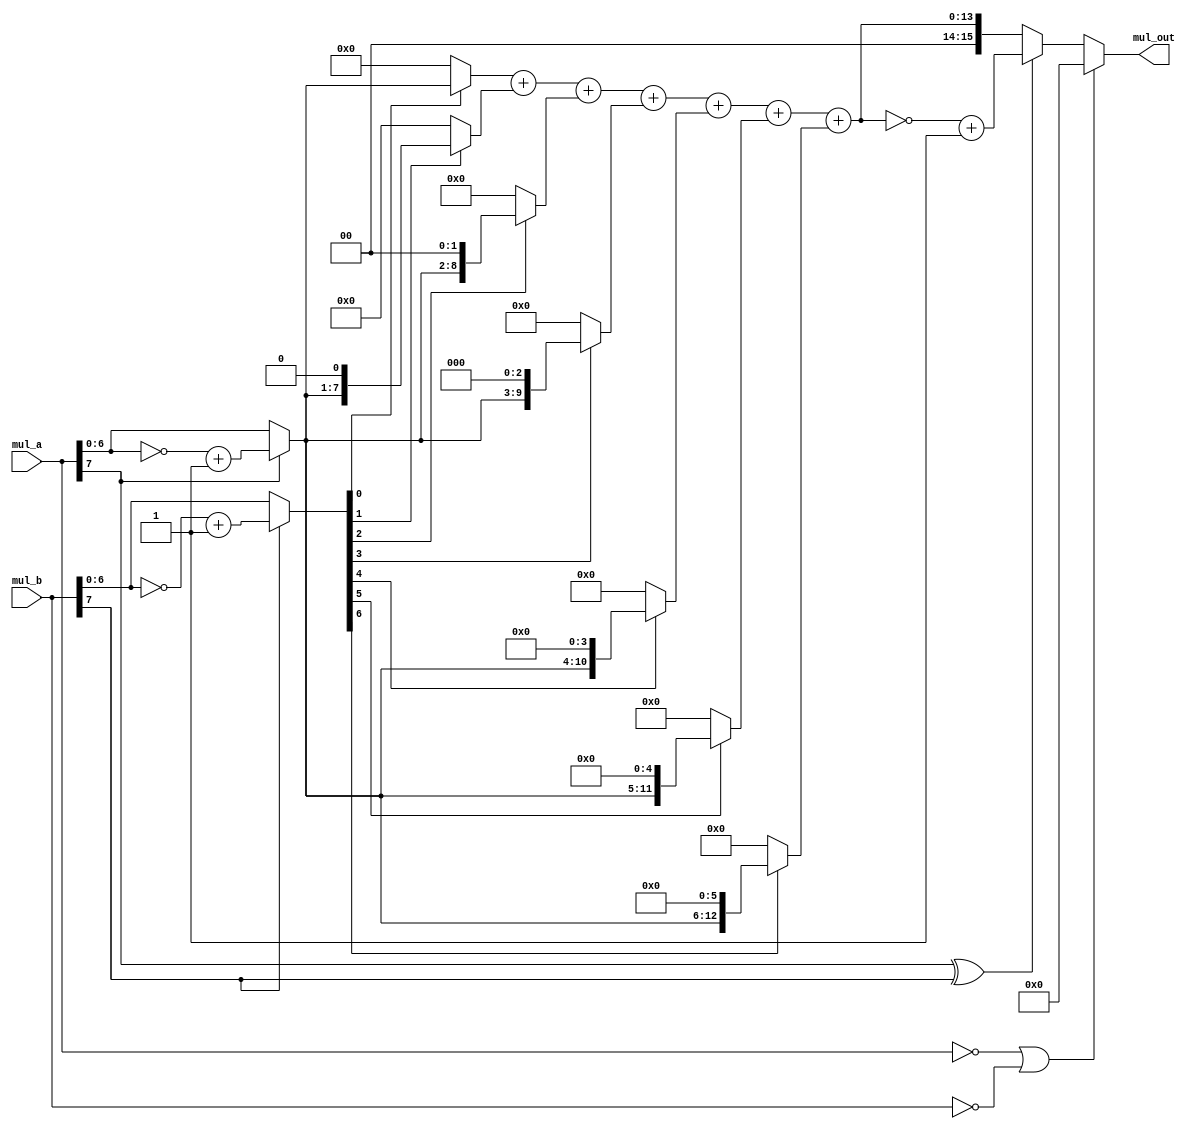
module win_mul_8_signed(
	input  		[7:0] 	mul_a,
	input  		[7:0] 	mul_b,

	output  	[15:0] 	mul_out
    );

	wire [ 7:0] mul_wire_a;
	wire [ 7:0] mul_wire_b;

	wire [13:0] stored0;
	wire [13:0] stored1;
	wire [13:0] stored2;
	wire [13:0] stored3;
	wire [13:0] stored4;
	wire [13:0] stored5;
	wire [13:0] stored6;

	wire [14:0] mul_wire_out;

	assign 	mul_wire_a 	= (mul_a[7] == 1'b0)? mul_a : {mul_a[7],~mul_a[6:0]+1'b1};
	assign  mul_wire_b 	= (mul_b[7] == 1'b0)? mul_b : {mul_b[7],~mul_b[6:0]+1'b1};

	assign	stored0 	= mul_wire_b[0]? {7'b0, mul_wire_a[6:0] 	 } : 14'b0;
	assign	stored1 	= mul_wire_b[1]? {6'b0, mul_wire_a[6:0], 1'b0} : 14'b0;
	assign	stored2 	= mul_wire_b[2]? {5'b0, mul_wire_a[6:0], 2'b0} : 14'b0;
	assign	stored3 	= mul_wire_b[3]? {4'b0, mul_wire_a[6:0], 3'b0} : 14'b0;
	assign	stored4 	= mul_wire_b[4]? {3'b0, mul_wire_a[6:0], 4'b0} : 14'b0;
	assign	stored5 	= mul_wire_b[5]? {2'b0, mul_wire_a[6:0], 5'b0} : 14'b0;
	assign	stored6 	= mul_wire_b[6]? {1'b0, mul_wire_a[6:0], 6'b0} : 14'b0;

	assign	mul_wire_out = stored0+stored1+stored2+stored3+stored4+stored5+stored6;

	assign	mul_out 	= (mul_a == 8'h00 || mul_b == 8'h00) ? 16'h0 : 
						  ((mul_a[7] ^ mul_b[7]) == 1'b1)    ?{1'b1,~mul_wire_out+1} : {1'b0,mul_wire_out};

endmodule